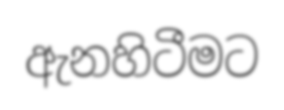
ඇනහිටීමට